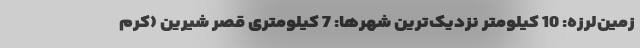
زمین‌لرزه: 10 کیلومتر نزدیک‌ترین شهرها: 7 کیلومتری قصر شيرين (كرم